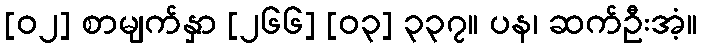
[၀၂] စာမျက်နှာ [၂၆၆] [၀၃] ၃၃၇။ ပန၊ ဆက်ဦးအံ့။